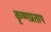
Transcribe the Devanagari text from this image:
कृष्णप्रताप